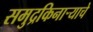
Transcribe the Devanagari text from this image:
समुद्रकिनाऱ्याचे